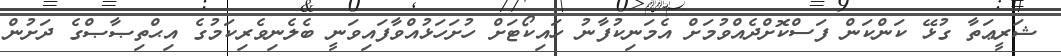
ޝަރީޢަތާ ގުޅޭ ކަންކަން ފަސްކޮށްދެއްވުމަށް އެމަނިކުފާނު ހައިކޯޓަށް ހުށަހަޅުއްވާފައިވަނީ ބެލެނިވެރިކަމުގެ އިޙްތިޞާޞްގެ ދަށުން